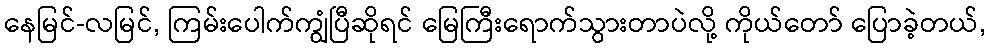
နေမြင်-လမြင်, ကြမ်းပေါက်ကျွံပြီဆိုရင် မြေကြီးရောက်သွားတာပဲလို့ ကိုယ်တော် ပြောခဲ့တယ်,